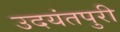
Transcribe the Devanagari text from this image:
उदयंतपुरी